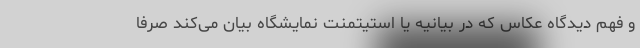
و فهم دیدگاه عکاس که در بیانیه یا استیتمنت نمایشگاه بیان می‌کند صرفا